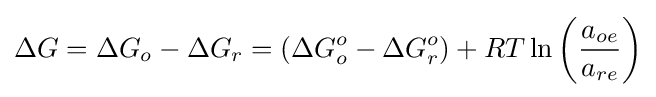
\Delta G=\Delta G_{o}-\Delta G_{r}=(\Delta G_{o}^{o}-\Delta G_{r}^{o})+RT\ln \left({\frac {a_{oe}}{a_{re}}}\right)